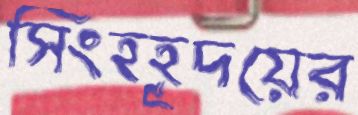
সিংহহূদয়ের